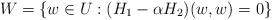
\begin{align*}W = \{w\in U:(H_1-\alpha H_2)(w,w)=0\}\end{align*}